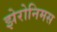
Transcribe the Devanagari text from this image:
झेरोनिमस